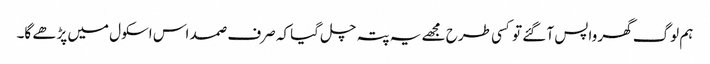
ہم لوگ گھر واپس آ گئے تو کسی طرح مجھے یہ پتہ چل گیا کہ صرف صمد اس اسکول میں پڑھے گا۔